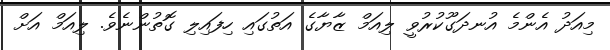
މިއަދު އެންމެ އުނދަގޫކުރުވީ ލިއަމް ޒާޔާގެ އަތުގައި ހިފައިލި ގޮތުންނެވެ. ލިއަމް އަށް